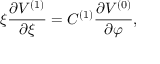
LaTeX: \xi \frac { \partial V ^ { ( 1 ) } } { \partial \xi } = C ^ { ( 1 ) } \frac { \partial V ^ { ( 0 ) } } { \partial \varphi } ,